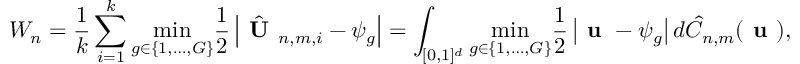
W _ { n } = \frac { 1 } { k } \sum _ { i = 1 } ^ { k } \underset { g \in \{ 1 , \dots , G \} } { \operatorname* { m i n } } \frac { 1 } { 2 } \left| \hat { \textbf { U } } _ { n , m , i } - \psi _ { g } \right| = \int _ { [ 0 , 1 ] ^ { d } } \underset { g \in \{ 1 , \dots , G \} } { \operatorname* { m i n } } \frac { 1 } { 2 } \left| \textbf { u } - \psi _ { g } \right| d \hat { C } _ { n , m } ( \textbf { u } ) ,